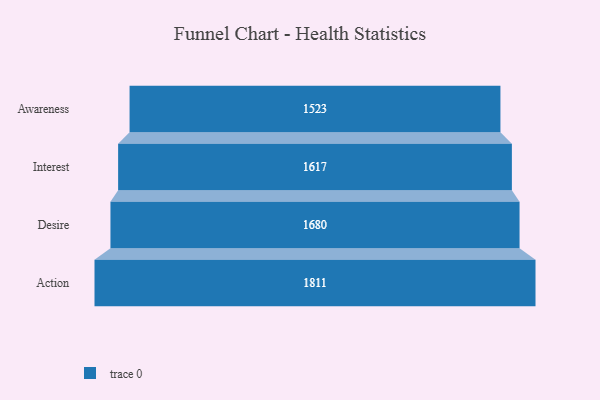
{"axis": {"x": "Stage", "y": "Value"}, "legend": [""], "data": [{"x": "Awareness", "y": 1523.0, "type": ""}, {"x": "Interest", "y": 1617.0, "type": ""}, {"x": "Desire", "y": 1680.0, "type": ""}, {"x": "Action", "y": 1811.0, "type": ""}]}